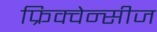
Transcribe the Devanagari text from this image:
फ्रिक्वेन्सीज